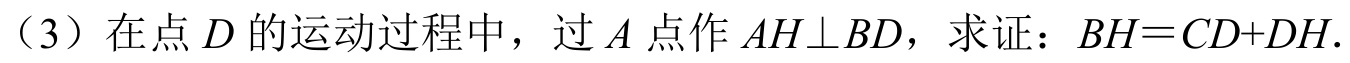
（3）在点 \(D\) 的运动过程中，过 \(A\) 点作 \(AH\perp BD\)，求证：\(BH = CD + DH\).